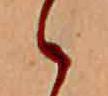
ゝ